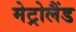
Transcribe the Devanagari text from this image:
मेट्रोलैंड